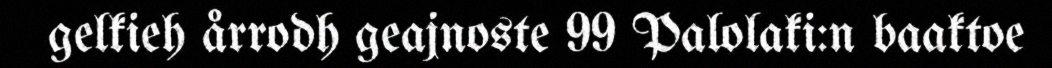
gelkieh årrodh geajnoste 99 Palolaki:n baaktoe